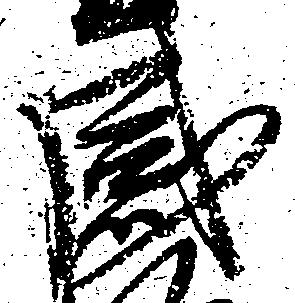
感